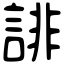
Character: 誹